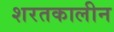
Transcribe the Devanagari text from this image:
शरतकालीन